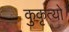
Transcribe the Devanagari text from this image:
कुकृत्‍यों